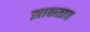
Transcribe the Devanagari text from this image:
झाकताच